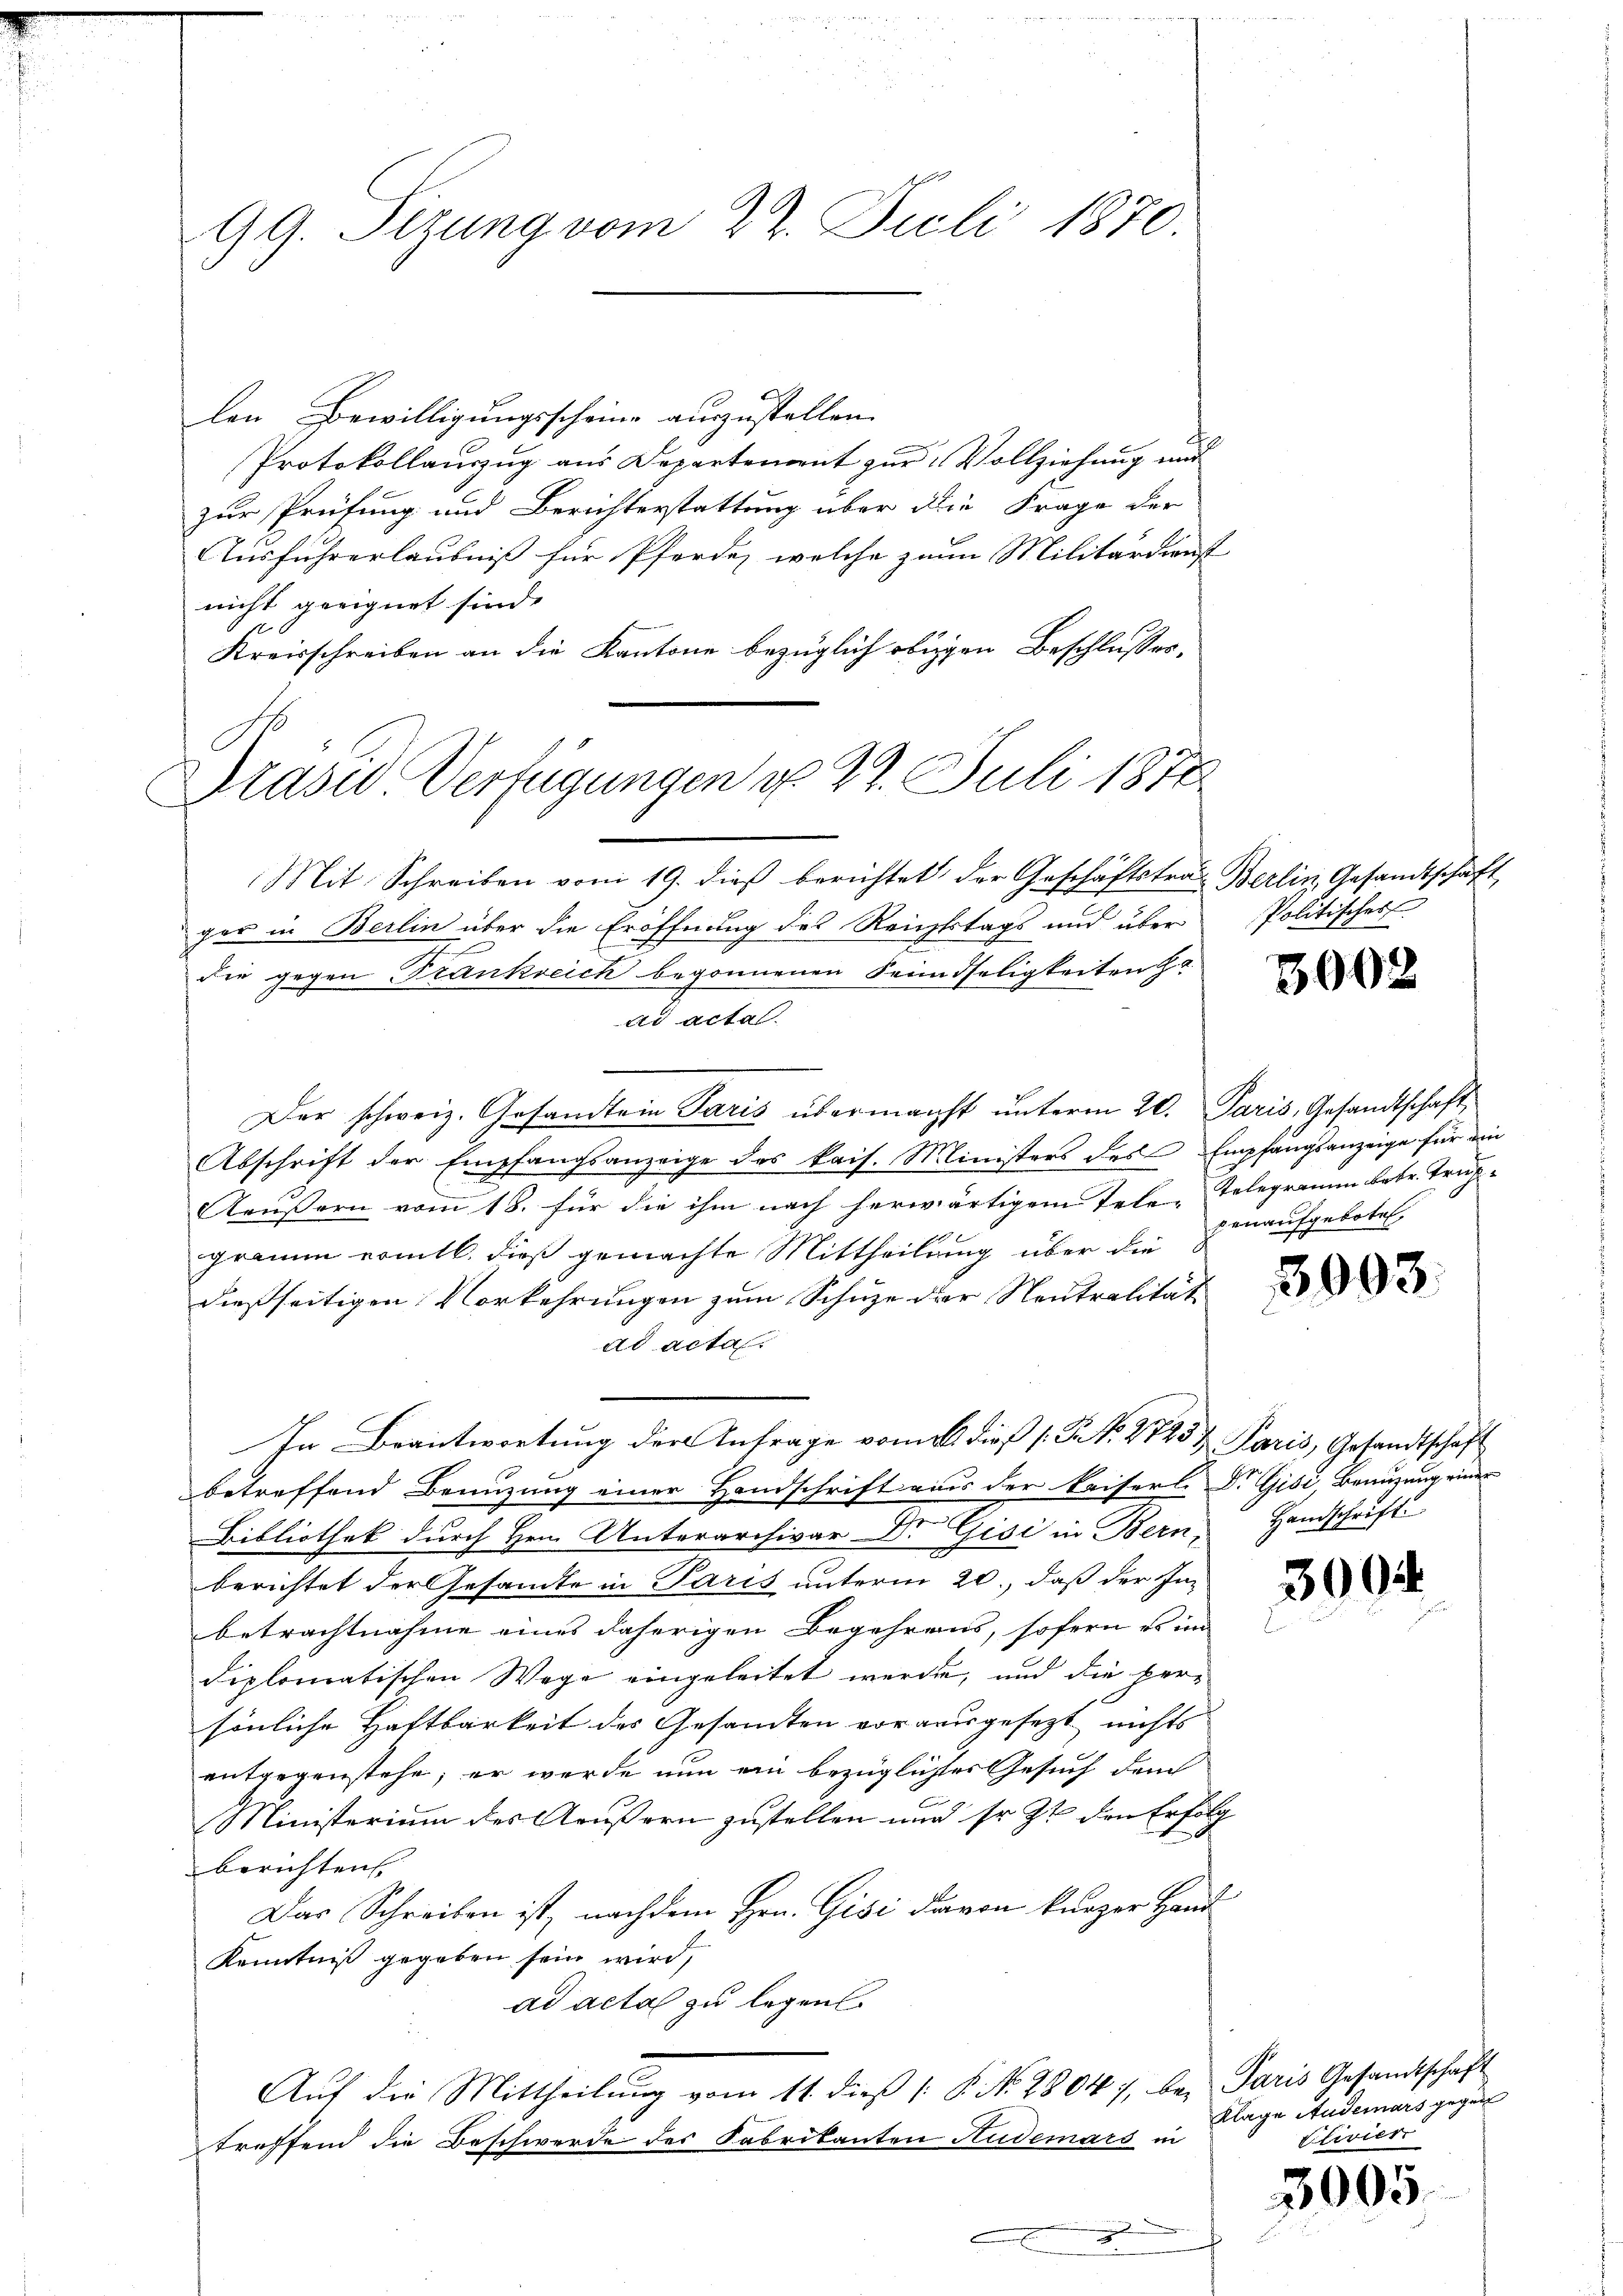
99. Sizung vom 22. Juli 1870.

len Bewilligungsscheine auszustellen.
Protokollauszug aus Departement zur Vollziehung und
zur Prüfung und Berichterstattung über die Frage der
Ausführerlaubniß für Pferde, welche zum Militärdienst
nicht geeignet sind.
Kreisschreiben an die Kantone bezüglich obrigen Beschlusses,
Mit Schreiben vom 19. dieß berichtet der Geschäftstrat Berlin Gesandtschaft
ger in Berlin über die Eröffnung des Reichtstags und über Politisches
die gegen Trankreich begonnenen Feindseligkeiten ha
ad acta.
Der schweiz. Gesandtein Paris übermachst unterm 20. Paris, Gesandtschaft,
Abschrift der Empfangsanzeige des kais. Ministers des Empfangsanzeige für ein
Aeußern vom 18. für die ihm nach herwärtigem Tele-Telegramm betr. Trupgramm ermitl. dieß gemachte Mittheilung über die
dießseitigen Vorkehrungen zum Schuze der Neutralität
ad acta.
In Beantwortung der Anfrage vom 26. dieß (N. N. 2823 & Paris, Gesandtschaft
betreffend Benuzung einer Handschrift aus der Kaiserl. Dr Gisi, Benuzung einer
Bibliothek durch Hrn. Unterarchivar Dr Gisi in Bern, Handschrift
berichtet der Gesamte in Paris unterm 20., daß der In-
betrachtnahme eines daherigen Begehrens, sofern es im
diplomatischen Wege eingeleitet werde, und die per-
sönliche Haftbarkeit des Gesamten vorausgesezt nichts
entgegenstehe, er werde nun ein bezügliches Gesuch der
Ministerium des Aeußern zustellen und sr. Zt. den Erfolg
berichten,
Das Schreiben ist, nachdem Hrn. Gisi davon kurzer Hand¬
Kenntniß gegeben sein wird,
ad acta zu legen
Auf die Mittheilung vom 11. dieß (§. N. 28047, bey Paris Gesandtschaft
treffend die Beschwerde des Fabrikanten Hudemars in

Draser Verfügungen d. 27. Juli 1878

3002

penaufgeboten.

3003.

300

Klage Audemars gegen
Clivier

3005.